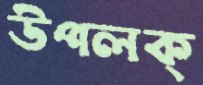
উপলক্